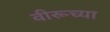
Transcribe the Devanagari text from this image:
वीरूच्या